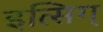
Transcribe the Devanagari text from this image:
इत्सिग्